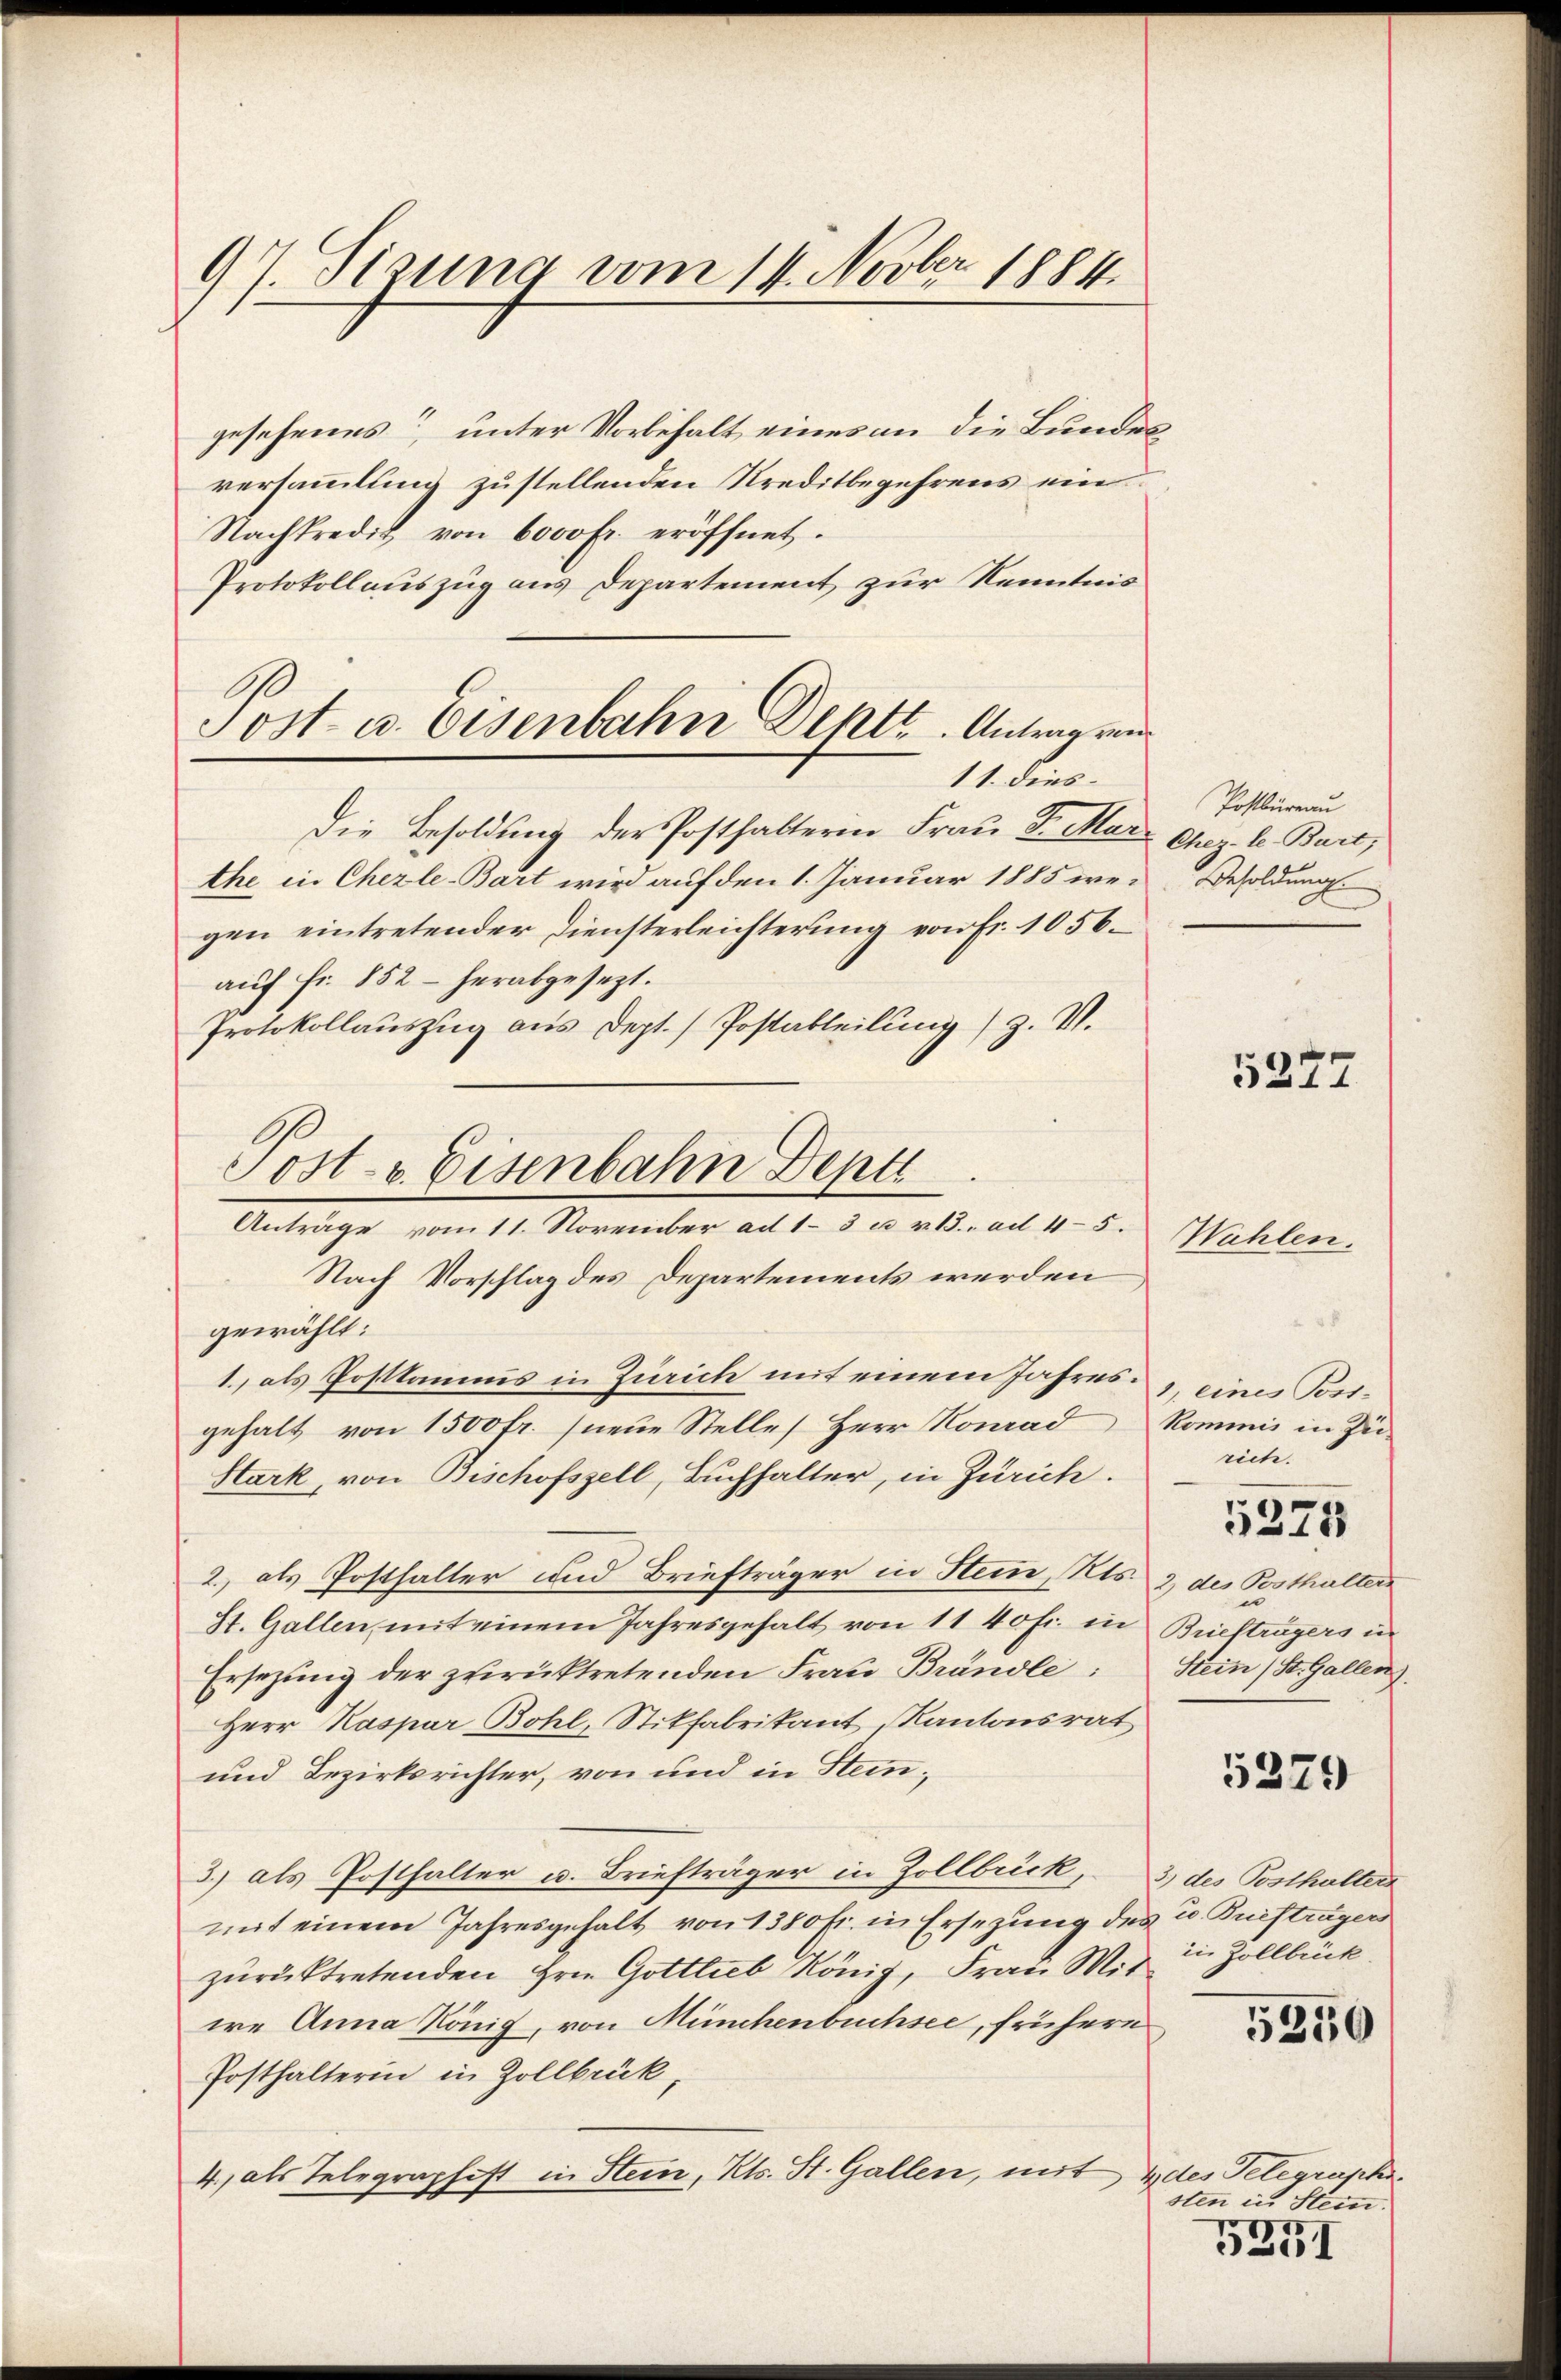
97. Sizung vom 14. Novber 1884

gesehenes“, unter Vorbehalt eines an die Bundesversammlung zustellenden Kreditbegehrens ein
Nachkredit von 6000 Fr. eröffnet.
Protokollauszug aus Departement zur Kenntnis
Die Besoldung der Posthalterin Frau S. Mar
the in Chezle-Bart wird auf den 1. Januar 1885 wegen eintretender Diensterleichterung von Fr. 1056.
auf fr. 852 - herabgesezt.
Protokollauszug aus Dept. / Postabteilung / Z. V.
Nach Vorschlag des Departements werden
gewählt:
1. als Postkamms in Zürich mit einem Jahres eines Postgehalt von 1500 fr. (neue Stelle Herr Nomad
Stark, von Bischofszell, Buchhalter, in Zürich.
2., als Posthalter und Briefträger in Stein, Kts. 2 des Posthalten
St. Gallen mit einem Jahresgehalt von 11 40 fr. in Briefträgers in
Ersezung der zurücktretenden Frau Brändle
Herr Kaspar Bohl, Stikfabrikant, Kantonsrat
und Bezirksrichter, von und in Stem¬
3.) als Posthalter u. Briefträger in Zollbrick,
mit einem Jahresgehalt von 1380 fr. in Ersezung des u. Ruefträgers
zurücktretenden Hrn. Gottlieb König, Frau Mit in Zollbück
we Anna König, von Münchenbuchsee, frühern
Posthalterin in Zollbrück,
4., als Telegraphift in Stein, Kts. St. Gallen, mit 4 des Telegraphi

Post- u. Eisenbahne Deht. Antrag von
11. dies

Post- & Eisenbahn Deptt
Anträge vom 11. November ad 13 u. v. 13. ad 45.

Postbureau
Cher-le-Bart,
Besoldung

5272

Wühlen.

Kommis in Zei
rich.
e
Stein (St. Gallen)

5375

5329

3) des Posthalters

5250

sten in Stein.
25

5351